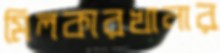
মিলকারখানার